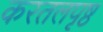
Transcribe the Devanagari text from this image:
करतलपृष्ठ